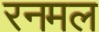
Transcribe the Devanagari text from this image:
रनमल